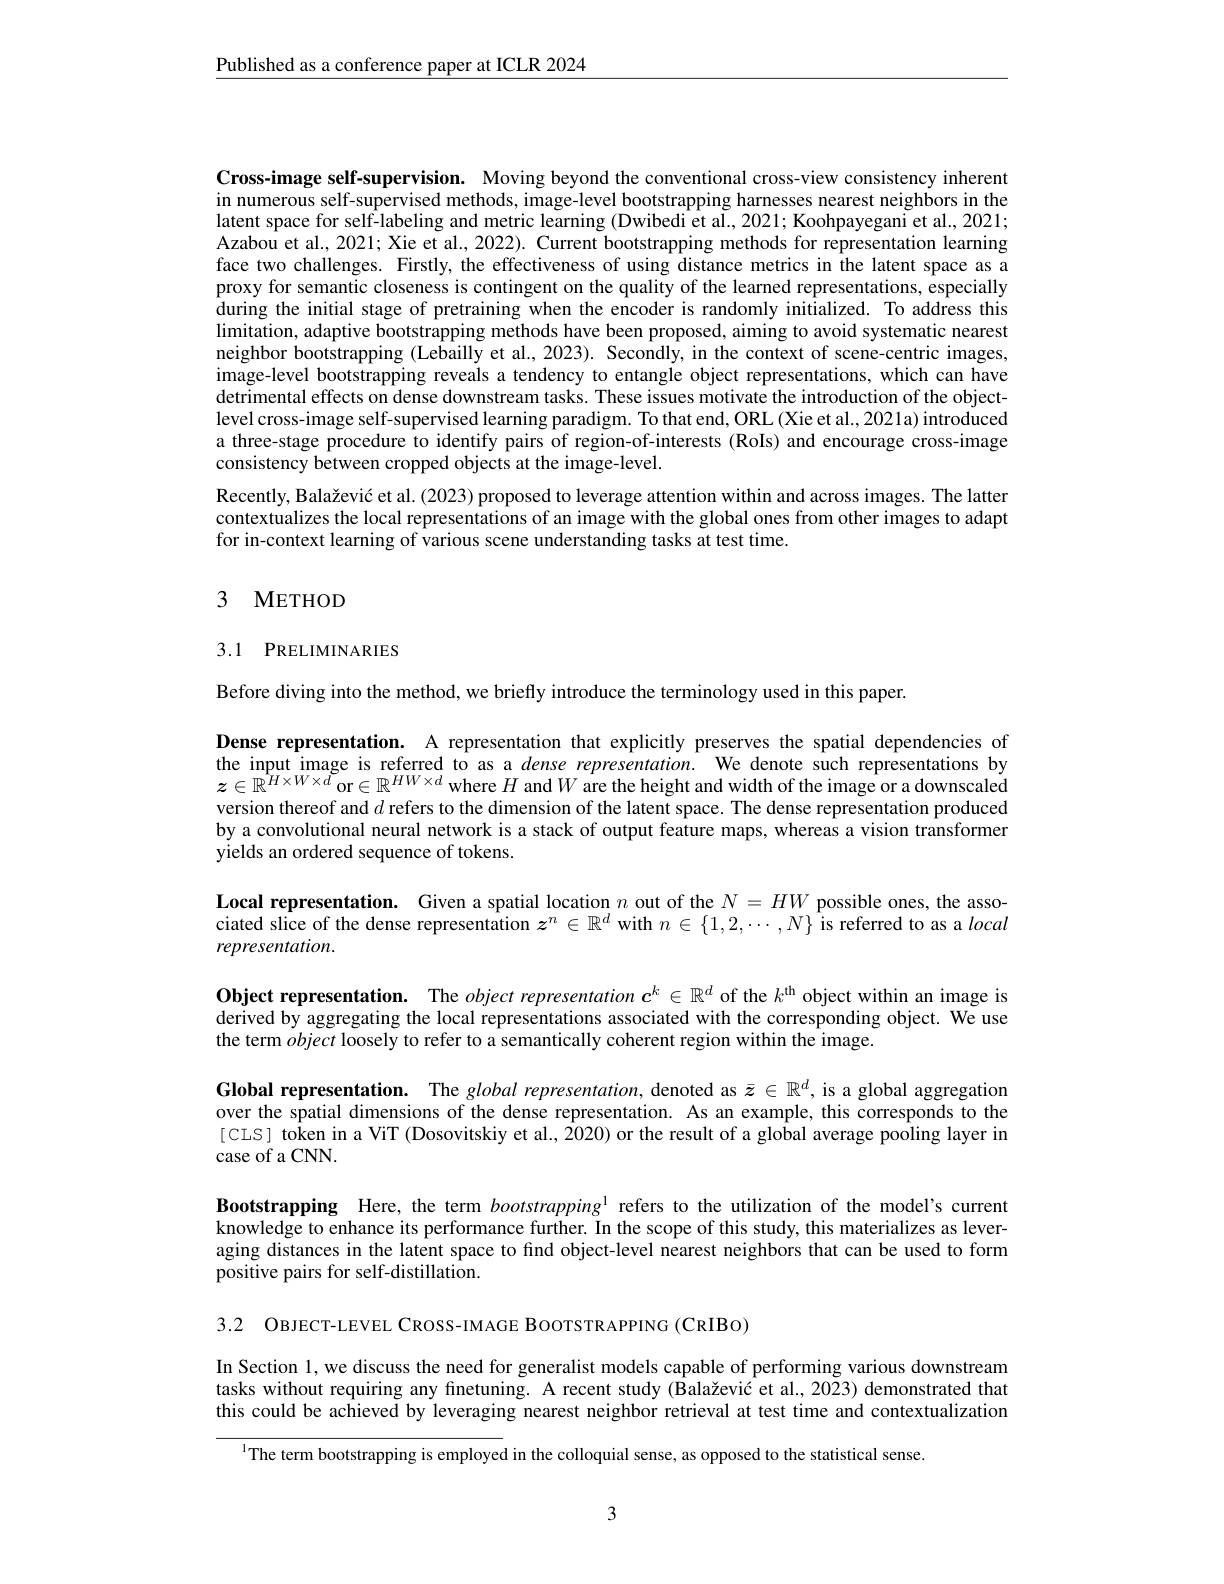
$\underline{\text{Published as a conference paper at ICLR 2024}}$

Cross-image self-supervision. Moving beyond the conventional cross-view consistency inherent in numerous self-supervised methods, image-level bootstrapping harnesses nearest neighbors in the latent space for self-labeling and metric learning (Dwibedi et al., 2021; Koohpayegani et al., 2021; Azabou et al., 2021; Xie et al., 2022). Current bootstrapping methods for representation learning face two challenges. Firstly, the effectiveness of using distance metrics in the latent space as a proxy for semantic closeness is contingent on the quality of the learned representations, especially during the initial stage of pretraining when the encoder is randomly initialized. To address this $\operatorname*{limitation,}$ adaptive bootstrapping methods have been proposed, aiming to avoid systematic nearest neighbor bootstrapping (Lebailly et al., 2023). Secondly, in the context of scene-centric images, image-level bootstrapping reveals a tendency to entangle object representations, which can have detrimental effects on dense downstream tasks. These issues motivate the introduction of the objectlevel cross-image self-supervised learning paradigm. To that end, ORL (Xie et al., 2021a) introduced a three-stage procedure to identify pairs of region-of-interests (RoIs) and encourage cross-image consistency between cropped objects at the image-level.
Recently, Balažević et al. (2023) proposed to leverage attention within and across images. The latter contextualizes the local representations of an image with the global ones from other images to adapt

for in-context learning of various scene understanding tasks at test time.

## 3 METHOD

# 3.1 PRELIMINARIES

Before diving into the method, we briefly introduce the terminology used in this paper.

Dense representation. A representation that explicitly preserves the spatial dependencies of the input image is referred to as a dense representation. We denote such representations by $z\in\mathbb{R}^{H\times W\times d}$or$\in\mathbb{R}^HW\times d$ where $H$ and $W$ are the height and width of the image or a downscaled version thereof and $d$ refers to the dimension of the latent space. The dense representation produced by a convolutional neural network is a stack of output feature maps, whereas a vision transformer yields an ordered sequence of tokens.

Local representation. Given a spatial location $n$ out of the $N=HW$ possible ones, the associated slice of the dense representation $z^n\in\mathbb{R}^d$ with $n\in\{1,2,\cdots,N\}$ is referred to as a local representation.

Object representation. The object representation $c^k\in\mathbb{R}^d$ of the $k^\mathrm{th}$ object within an image is derived by aggregating the local representations associated with the corresponding object. We use the term object loosely to refer to a semantically coherent region within the image

Global representation. The global representation, denoted as $\bar{z}\in\mathbb{R}^d$, is a global aggregation over the spatial dimensions of the dense representation. As an example, this corresponds to the [ CIS] token in a ViT (Dosovitskiy et al., 2020) or the result of a global average pooling layer in case of a CNN.

Bootstrapping Here, the term bootstrapping$^{1}$ refers to the utilization of the model's current knowledge to enhance its performance further. In the scope of this study, this materializes as leveraging distances in the latent space to find object-level nearest neighbors that can be used to form positive pairs for self-distillation.

3.2 OBJECT-LEVEL CROSS-IMAGE BOOTSTRAPPING (CRIBO)

In Section 1, we discuss the need for generalist models capable of performing various downstream tasks without requiring any finetuning. A recent study (Balažević et al., 2023) demonstrated that this could be achieved by leveraging nearest neighbor retrieval at test time and contextualization

$^{1}$The term bootstrapping is employed in the colloquial sense, as opposed to the statistical sense.

3